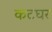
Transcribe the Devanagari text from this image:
कटघर